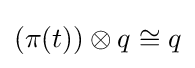
(\pi (t))\otimes q\cong q